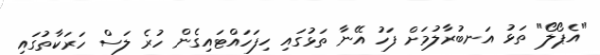
"އެޕޯލޯ" ތަޅު އަނބުރާލުމަށް ފަހު އޭނާ ތަޅުގައި ހިފަހައްޓައިގެން ހުރެ ލަސް ހަރަކާތުގައި